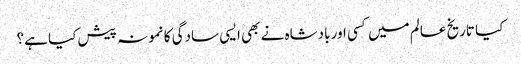
کیا تاریخ عالم میں کسی اور بادشاہ نے بھی ایسی سادگی کا نمونہ پیش کیا ہے؟